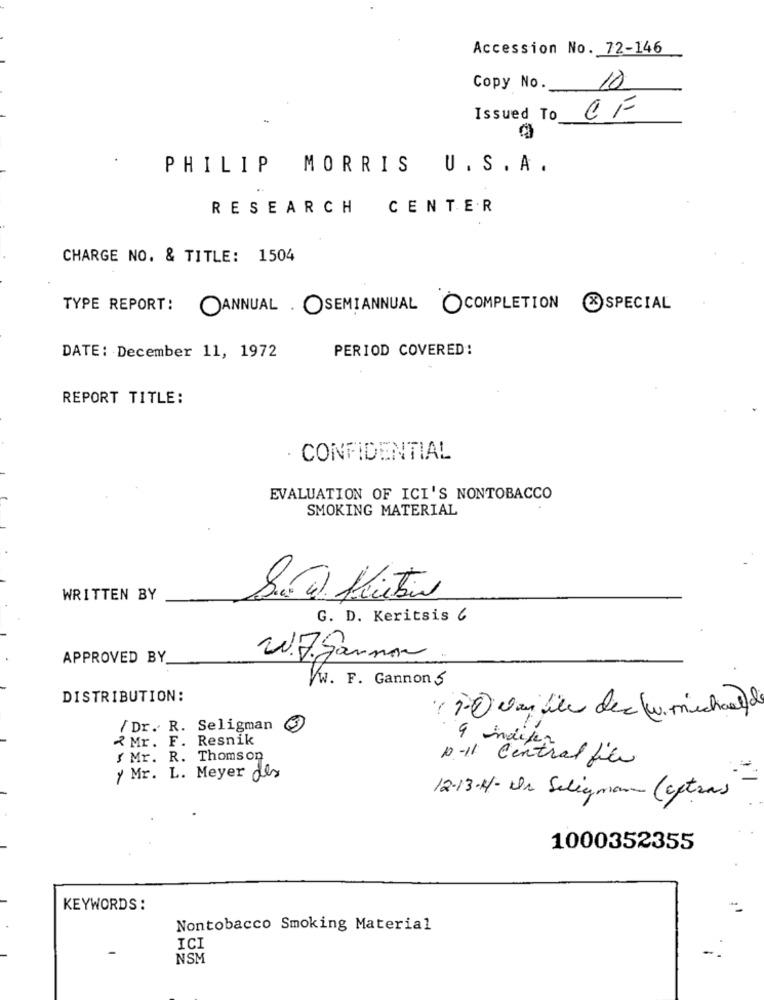
Accession No. 72-146
10
Copy No.
CF
Issued To
PHILIP
MORRIS U.S.A.
RESEARCH
CENTER
CHARGE NO. & TITLE: 1504
TYPE REPORT:
OANNUAL. OSEMIANNUAL COMPLETION SPECIAL
PERIOD COVERED:
DATE: December 11, 1972
REPORT TITLE:
· CONFIDENTIAL
EVALUATION OF ICI'S NONTOBACCO
SMOKING MATERIAL
WRITTEN BY
G. D. Keritsis 6
APPROVED BY
207. gammon
Ww. F. Gannon 5
DISTRIBUTION:
1 10 van ile dec (w. michael)
/ Dr. R. Seligman
2 Mr. F. Resnik
9 indifer
/ Mr. R. Thomson
10-11 Central file
y Mr. L. Meyer des
12-13-4- Dr Seligman (outras
1000352355
KEYWORDS :
Nontobacco Smoking Material
ICI
NSM